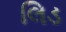
લિડ